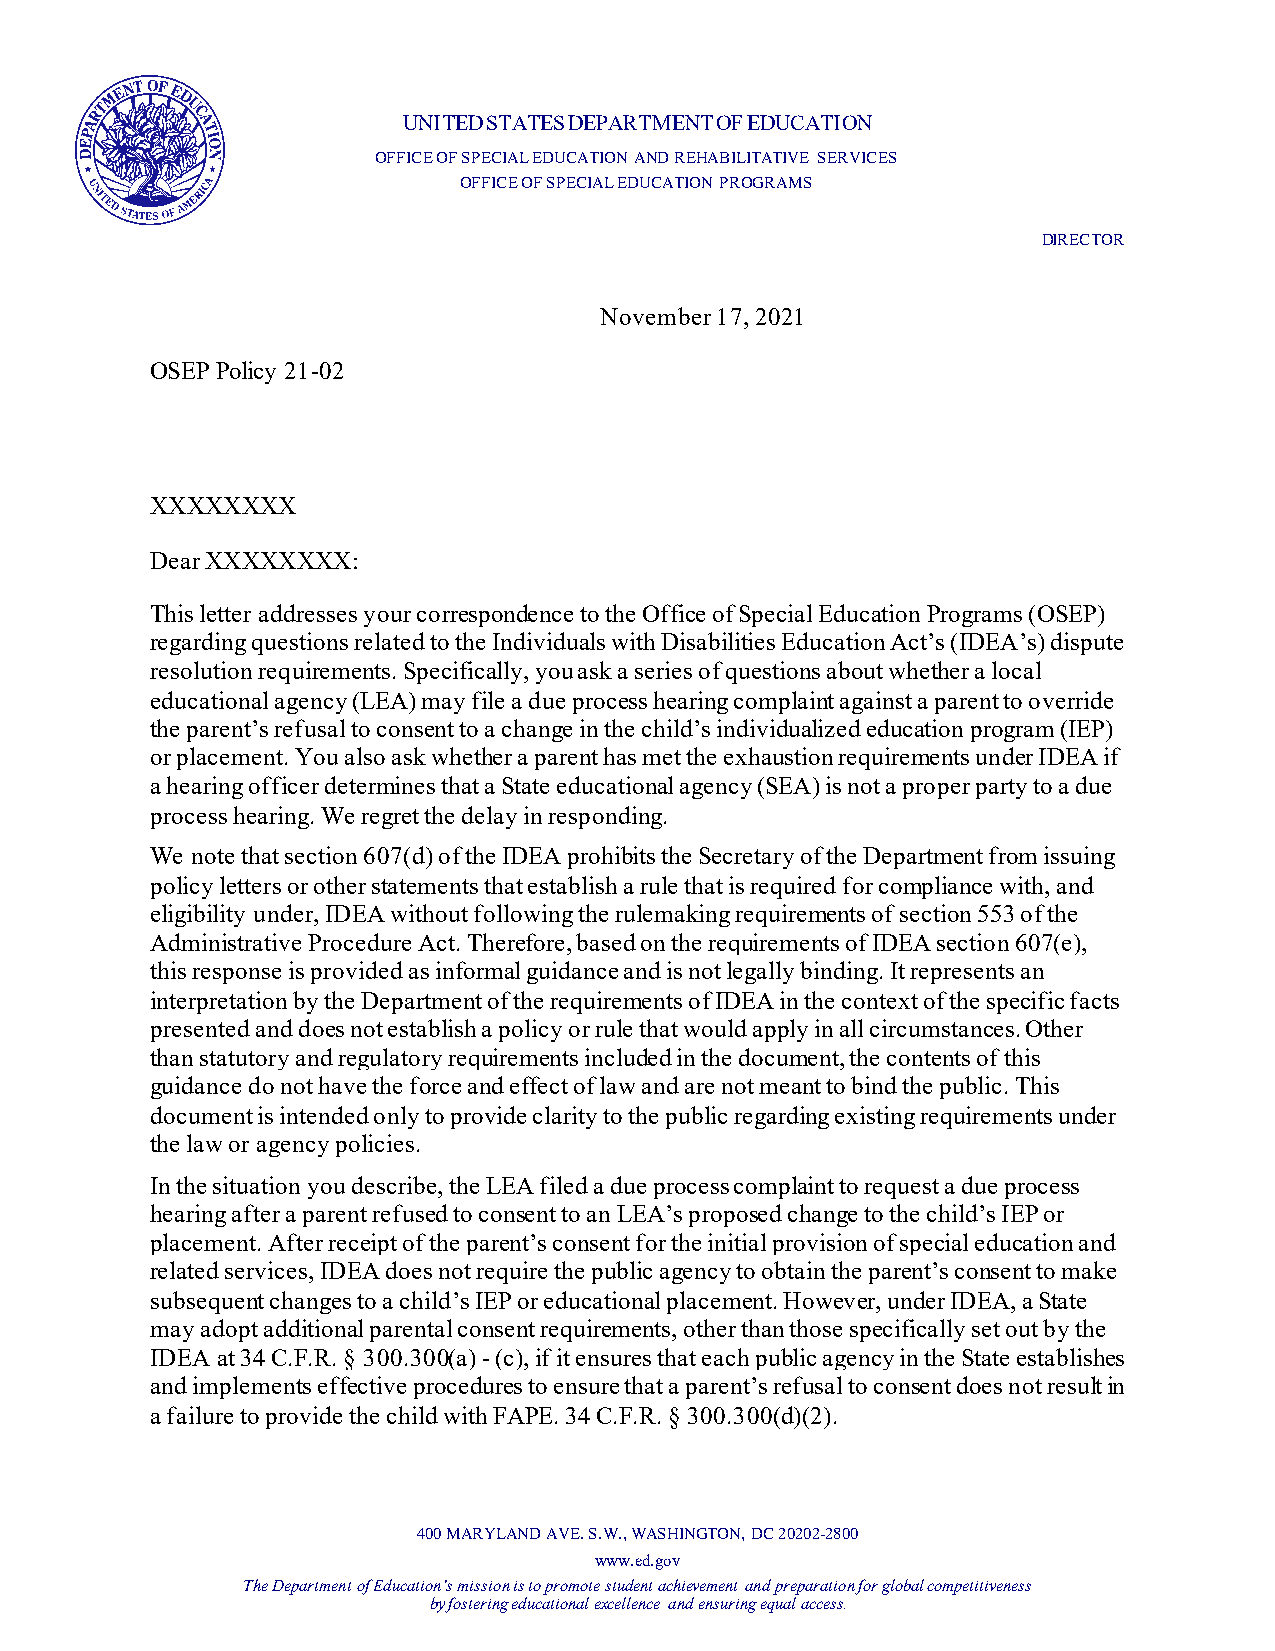
UNITED STATES DEPARTMENT OF EDUCATION
 OFFICE OF SPECIAL EDUCATION AND REHABILITATIVE SERVICES
 OFFICE OF SPECIAL EDUCATION PROGRAMS
 DIRECTOR
 November 17, 2021
 OSEP Policy 21-02
 XXXXXXXX
 Dear XXXXXXXX:
 This letter addresses your correspondence to the Office of Special Education Programs (OSEP)
 regarding questions related to the Individuals with Disabilities Education Act’s (IDEA’s) dispute
 resolution requirements. Specifically, you ask a series of questions about whether a local
 educational agency (LEA) may file a due process hearing complaint against a parent to override
 the parent’s refusal to consent to a change in the child’s individualized education program (IEP)
 or placement. You also ask whether a parent has met the exhaustion requirements under IDEA if
 a hearing officer determines that a State educational agency (SEA) is not a proper party to a due
 process hearing. We regret the delay in responding.
 We note that section 607(d) of the IDEA prohibits the Secretary of the Department from issuing
 policy letters or other statements that establish a rule that is required for compliance with, and
 eligibility under, IDEA without following the rulemaking requirements of section 553 of the
 Administrative Procedure Act. Therefore, based on the requirements of IDEA section 607(e),
 this response is provided as informal guidance and is not legally binding. It represents an
 interpretation by the Department of the requirements of IDEA in the context of the specific facts
 presented and does not establish a policy or rule that would apply in all circumstances. Other
 than statutory and regulatory requirements included in the document, the contents of this
 guidance do not have the force and effect of law and are not meant to bind the public. This
 document is intended only to provide clarity to the public regarding existing requirements under
 the law or agency policies.
 In the situation you describe, the LEA filed a due process complaint to request a due process
 hearing after a parent refused to consent to an LEA’s proposed change to the child’s IEP or
 placement. After receipt of the parent’s consent for the initial provision of special education and
 related services, IDEA does not require the public agency to obtain the parent’s consent to make
 subsequent changes to a child’s IEP or educational placement. However, under IDEA, a State
 may adopt additional parental consent requirements, other than those specifically set out by the
 IDEA at 34 C.F.R. § 300.300(a) - (c), if it ensures that each public agency in the State establishes
 and implements effective procedures to ensure that a parent’s refusal to consent does not result in
 a failure to provide the child with FAPE. 34 C.F.R. § 300.300(d)(2).
 400 MARYLAND AVE. S.W., WASHINGTON, DC 20202-2800
 www.ed.gov
 The Department of Education’s mission is to promote student achievement and preparation for global competitiveness
 by fostering educational excellence and ensuring equal access.